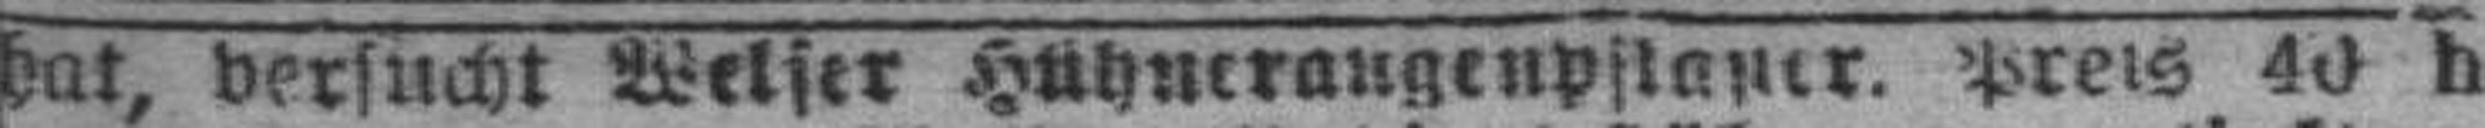
hat, versucht Welser Hühneraugenpflaster. Preis 40 h